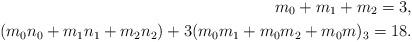
LaTeX: \begin{align*}m_0+m_1+m_2=3, \\(m_0n_0+m_1n_1+m_2n_2)+3(m_0m_1+m_0m_2+m_0m)_3=18. \end{align*}